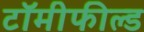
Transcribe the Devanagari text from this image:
टॉमीफील्ड